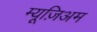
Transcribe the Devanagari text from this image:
म्यूज़िअम